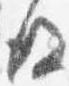
後